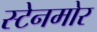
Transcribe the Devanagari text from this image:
स्टेनमोर